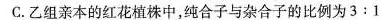
C.乙组亲本的红花植株中，纯合子与杂合子的比例为$$3 : 1$$